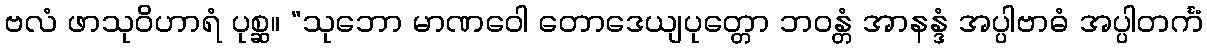
ဗလံ ဖာသုဝိဟာရံ ပုစ္ဆ။ “သုဘော မာဏဝေါ တောဒေယျပုတ္တော ဘဝန္တံ အာနန္ဒံ အပ္ပါဗာဓံ အပ္ပါတင်္ကံ